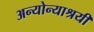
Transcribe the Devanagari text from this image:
अन्योन्याश्रयी